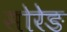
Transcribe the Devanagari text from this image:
सोरेङ